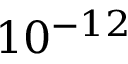
1 0 ^ { - 1 2 }